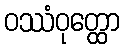
ဝဿံဝုတ္ထော